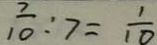
\frac { 7 } { 1 0 } : 7 = \frac { 1 } { 1 0 }